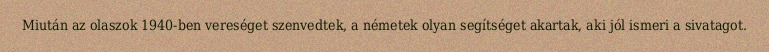
Miután az olaszok 1940-ben vereséget szenvedtek, a németek olyan segítséget akartak, aki jól ismeri a sivatagot.